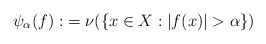
\begin{align*}\psi_\alpha(f):&= \nu(\{x\in X:|f(x)|>\alpha \})\end{align*}